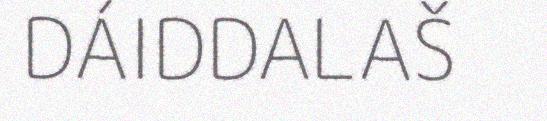
DÁIDDALAŠ